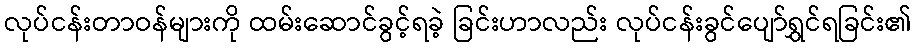
လုပ်ငန်းတာဝန်များကို ထမ်းဆောင်ခွင့်ရခဲ့ ခြင်းဟာလည်း လုပ်ငန်းခွင်ပျော်ရွှင်ရခြင်း၏